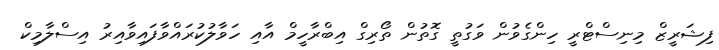
ފިޝަރީޒް މިނިސްޓްރީ ހިންގެވުން ވަގުތީ ގޮތުން ތޯރިގް އިބްރާހީމް އާއި ހަވާލުކުރައްވާފައިވާއިރު އިސްލާމިކް